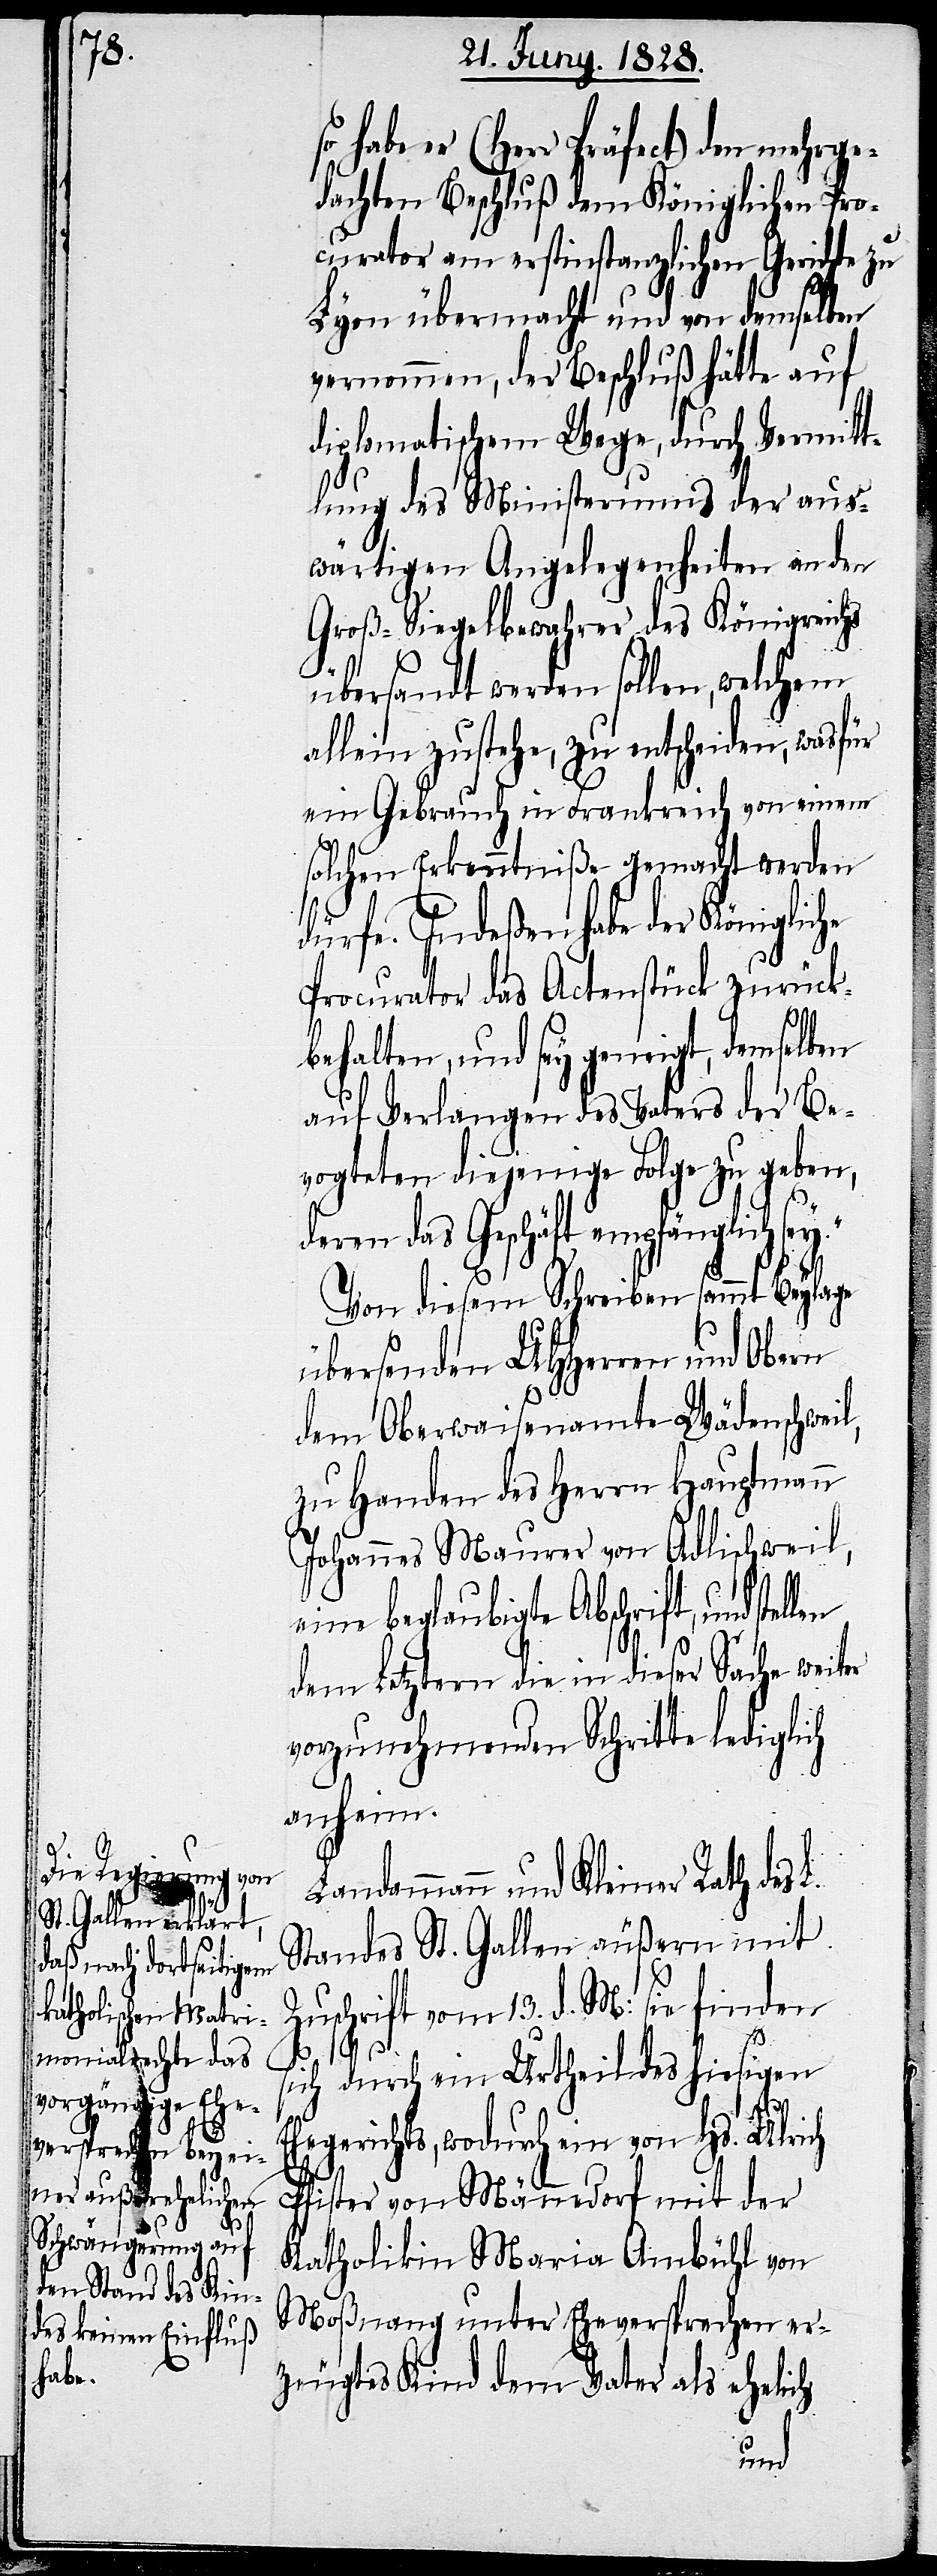
l,

so habe er (Herr Präfect) den mehrge¬
dachten Beschluß dem Königlichen Pro¬
curator am erstinstanzlichen Gerichte zu
Lyon übermacht und von demselben
vernommen, der Beschluß hätte auf
diplomatischem Wege, durch Vermitt¬
lung des Ministeriums der aus¬
wärtigen Angelegenheiten an den
Groß-Siegelbewahrer des Königreichs
übersandt werden sollen, welchem
allein zustehe, zu entscheiden, wasfür
ein Gebrauch in Frankreich von einem
solchen Erkenntniße gemacht werden
dürfe. indeßen habe der Königlic¬
Procurator das Actenstück zurück¬
behalten, und sey geneigt, demselben
auf Verlangen des Vaters der Be¬
vogteten diejenige Folge zu geben,
das Geschäft empfänglich
Von diesem Schreiben sammt Beylage
übersenden UHHerren und Obern
dem Oberwaisenamte Wädenschwei¬
zu Handen des Herrn Hauptmann
Johannes Maurer von Adlischweil,
eine beglaubigte Abschrift, und ste¬
dem Letztern die in dieser Sache weiter
vorzunehmenden Schritte lediglich
anheim.
Landammann und Kleiner Rath des L.
Standes St. Gallen äußern mit
Zuschrift vom 13. d. M: sie finden
sich durch ein Urtheil des hiesigen
Ehegerichts, wodurch ein von Hs. Ulrich
llen
Pfister von Männedorf mit der
Katholikin Maria Ambühl von
Moßnang unter Eheversprechen er¬
zeugtes Kind dem Vater als ehelich